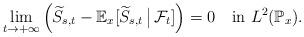
LaTeX: \begin{align*}\lim_{t\to+\infty} \left( \widetilde{S}_{s,t}-\mathbb{E}_{x}[\widetilde{S}_{s,t} \,\big|\, \mathcal{F}_{t}] \right) =0\quad\mbox{in }L^{2}(\mathbb{P}_{x}).\end{align*}